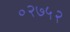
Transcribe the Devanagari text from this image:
०२७५२